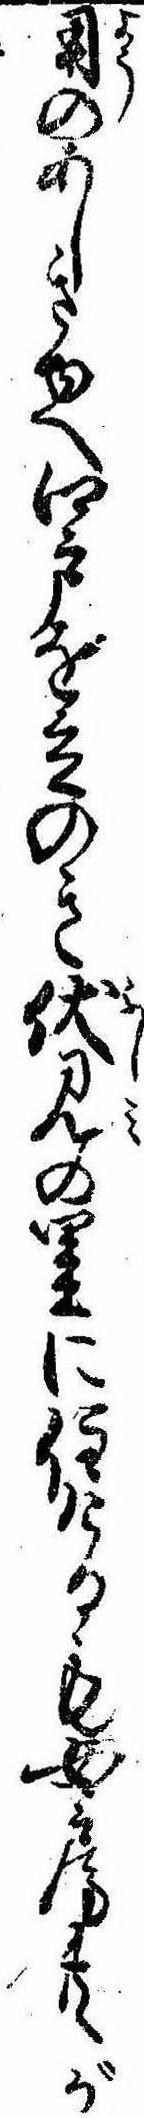
用のあしきゆへ江戸を立のき伏見の里に住けるも女房共が